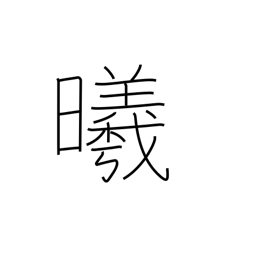
Meaning: the sun